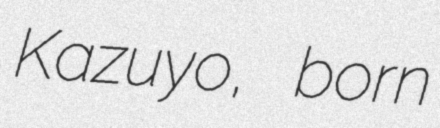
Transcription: Kazuyo, born